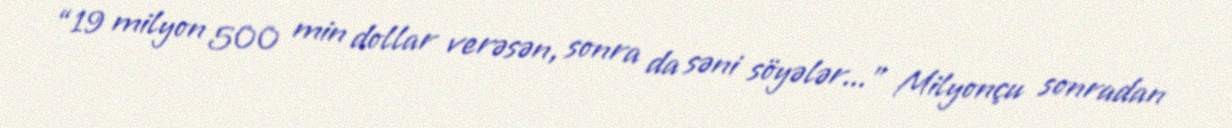
“19 milyon 500 min dollar verəsən, sonra da səni söyələr...” Milyonçu sonradan